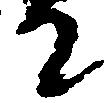
て